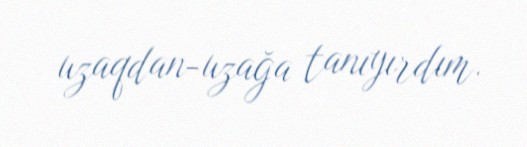
uzaqdan-uzağa tanıyırdım.